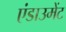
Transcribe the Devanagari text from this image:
एंडाउमेंट